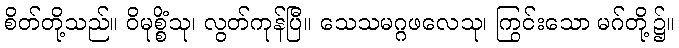
စိတ်တို့သည်။ ဝိမုစ္စိံသု၊ လွတ်ကုန်ပြီ။ သေသမဂ္ဂဖလေသု၊ ကြွင်းသော မဂ်တို့၌။